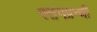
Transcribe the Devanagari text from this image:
स्तनग्रन्थी